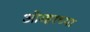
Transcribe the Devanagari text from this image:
ओव्हरच्या